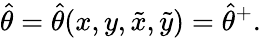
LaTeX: \hat{\theta}=\hat{\theta}(x,y,\tilde{x},\tilde{y})=\hat{\theta}^{+}.